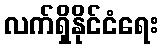
လက်ရှိနိုင်ငံရေး